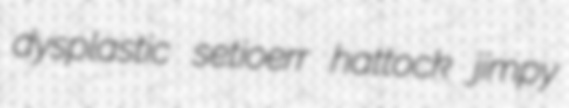
dysplastic setioerr hattock jimpy